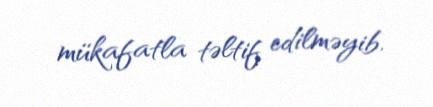
mükafatla təltif edilməyib.